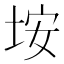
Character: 垵